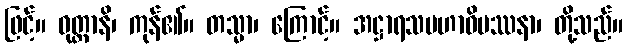
ဖြင့်။ ဝုတ္တာနိ၊ ကုန်၏။ တသ္မာ၊ ကြောင့်။ အဋ္ဌာရသမဟာဝိပဿနာ၊ တို့သည်။